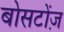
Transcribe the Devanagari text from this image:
बोसटोंज़